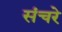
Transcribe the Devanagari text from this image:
संचरे